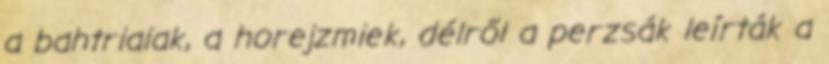
a bahtriaiak, a horejzmiek, délről a perzsák leírták a